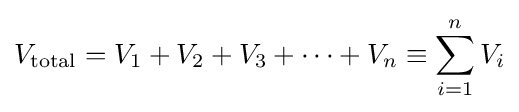
V_{\textrm {total}}=V_{1}+V_{2}+V_{3}+\cdots +V_{n}\equiv \sum _{i=1}^{n}V_{i}